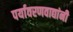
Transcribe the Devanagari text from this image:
पर्यावरणवाद्यांनी